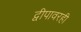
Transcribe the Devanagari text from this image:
द्वीपावरही